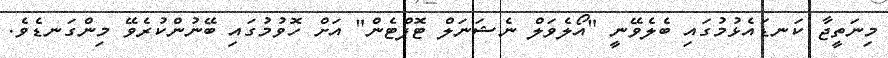
މިނަތީޖާ ކަނޑައެޅުމުގައި ބެލެވޭނީ "އޯލެވަލް ނެޝަނަލް ޓޮޕްޓެން" އަށް ހޮވުމުގައި ބޭނުންކުރެވޭ މިންގަނޑެވެ.